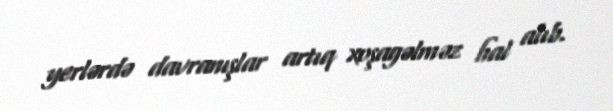
yerlərdə davranışlar artıq xoşagəlməz hal alıb.